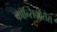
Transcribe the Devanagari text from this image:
कॉन्सिक्वेंसेस